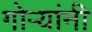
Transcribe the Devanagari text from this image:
गोऱ्यांनी